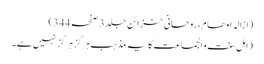
(ازالہ اوھام، روحانی خزائن جلد 3 صفحہ 344)
(اہل سنت و الجماعت کا یہ مذہب ہرگز ہرگز نہیں ہے۔